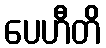
ပေဟီတိ